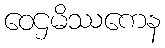
ဝေဌမိဿကေန